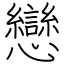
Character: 戀